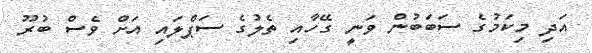
އަދި މިކަމުގެ ސަބަބުން ވަނީ ގޭހާއި ތެލުގެ ސަޕްލައި އަށް ވެސް ބުރޫ